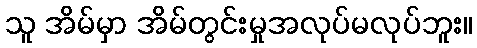
သူ အိမ်မှာ အိမ်တွင်းမှုအလုပ်မလုပ်ဘူး။